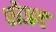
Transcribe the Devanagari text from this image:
रोअद